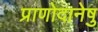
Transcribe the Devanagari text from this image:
प्राणोदानेषु